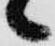
々